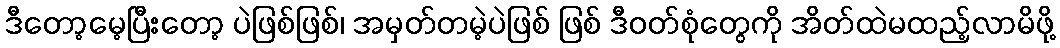
ဒီတော့မေ့ပြီးတော့ ပဲဖြစ်ဖြစ်၊ အမှတ်တမဲ့ပဲဖြစ် ဖြစ် ဒီဝတ်စုံတွေကို အိတ်ထဲမထည့်လာမိဖို့